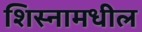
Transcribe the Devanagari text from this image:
शिस्नामधील